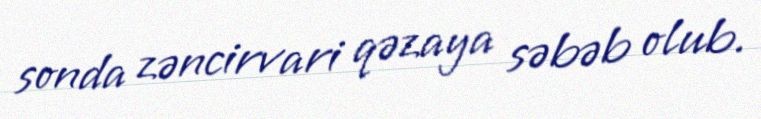
sonda zəncirvari qəzaya səbəb olub.